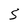
Character: 5